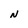
Character: N